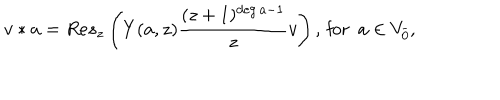
v * a = R e s _ { z } \left( Y ( a , z ) \frac { ( z + 1 ) ^ { \deg a - 1 } } { z } v \right) , \, \mathrm { f o r } \, \, \, a \in V _ { \bar { 0 } } ,